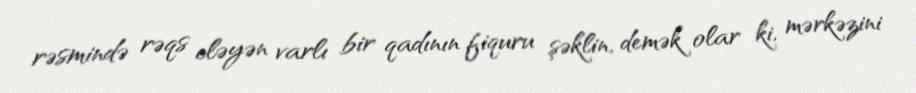
rəsmində rəqs eləyən varlı bir qadının fiquru şəklin, demək olar ki, mərkəzini